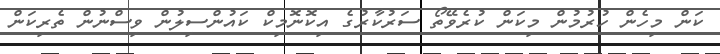
ކަން މިހެން ހުރުމުން މިކަން ކުރެވޭތޯ ސަރުކާރުގެ އިކޮނޮމިކް ކައުންސިލުން ވިސްނުން ތެރިކަން